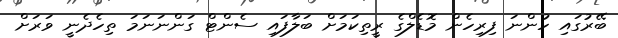
ބޭރުގައި ހުންނަ ފިރިހެން މޮޑެލްގެ ރީތިކަމަށް ބަލާފައި ސެންޓް ގަންނަނަމަ ތިހެދެނީ ވަރަށް